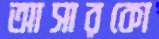
আসারকো